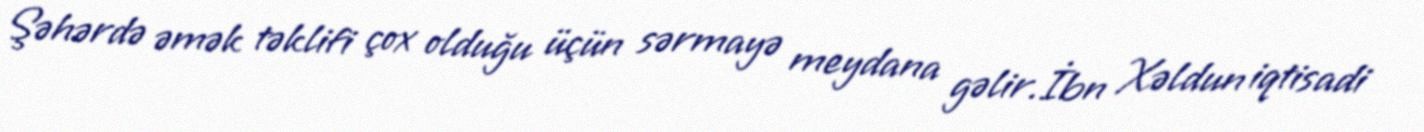
Şəhərdə əmək təklifi çox olduğu üçün sərmayə meydana gəlir.İbn Xəldun iqtisadi